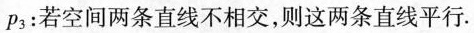
p3：若空间两条直线不相交，则这两条直线平行.